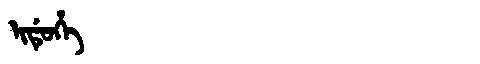
Manchu: ᡳᡩᡠᡥᡝ
Romanization: IDUHE